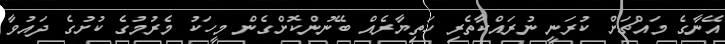
އޭނާގެ މައްޗަށް ކުރަނީ ނުރައްކާތެރި ހަތިޔާރެއް ބޭނުންކޮށްގެން މީހަކު މެރުމުގެ ކުށުގެ ދައުވާ